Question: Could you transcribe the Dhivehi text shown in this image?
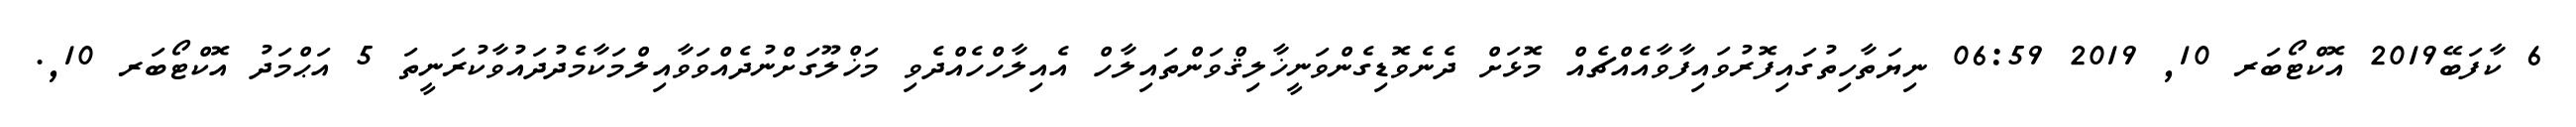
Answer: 6 ކާފަބޭ2019 އޮކްޓޯބަރ 10, 2019 06:59 ނިޔަތާހިތުގައިފޮރުވައިފާވާއެއްޗެއް މޮޅަށް ދެނެވޮޑިގެންވަނީޚާލިޤްވަންތައިލާހް އެއިލާހްހެއްދެވި މަޚްލޫގަށްނުދެއްވަވާއިލްމަކާމެދުދައުވާކުރަނީތަ 5 އަޙްމަދު އޮކްޓޯބަރ 10,.